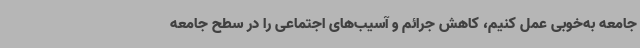
جامعه به‌خوبی عمل کنیم، کاهش جرائم و آسیب‌های اجتماعی را در سطح جامعه